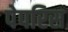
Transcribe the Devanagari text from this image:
पेपरिस